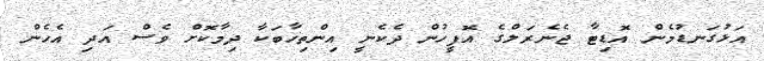
އަޅުގަނޑުމެން އޮޑިޓާ ޖެނެރަލްގެ އޮފީހުން ދެކެނީ އިންތިހާބަކާ ދިމާކޮށް ވެސް އަދި އެހެން